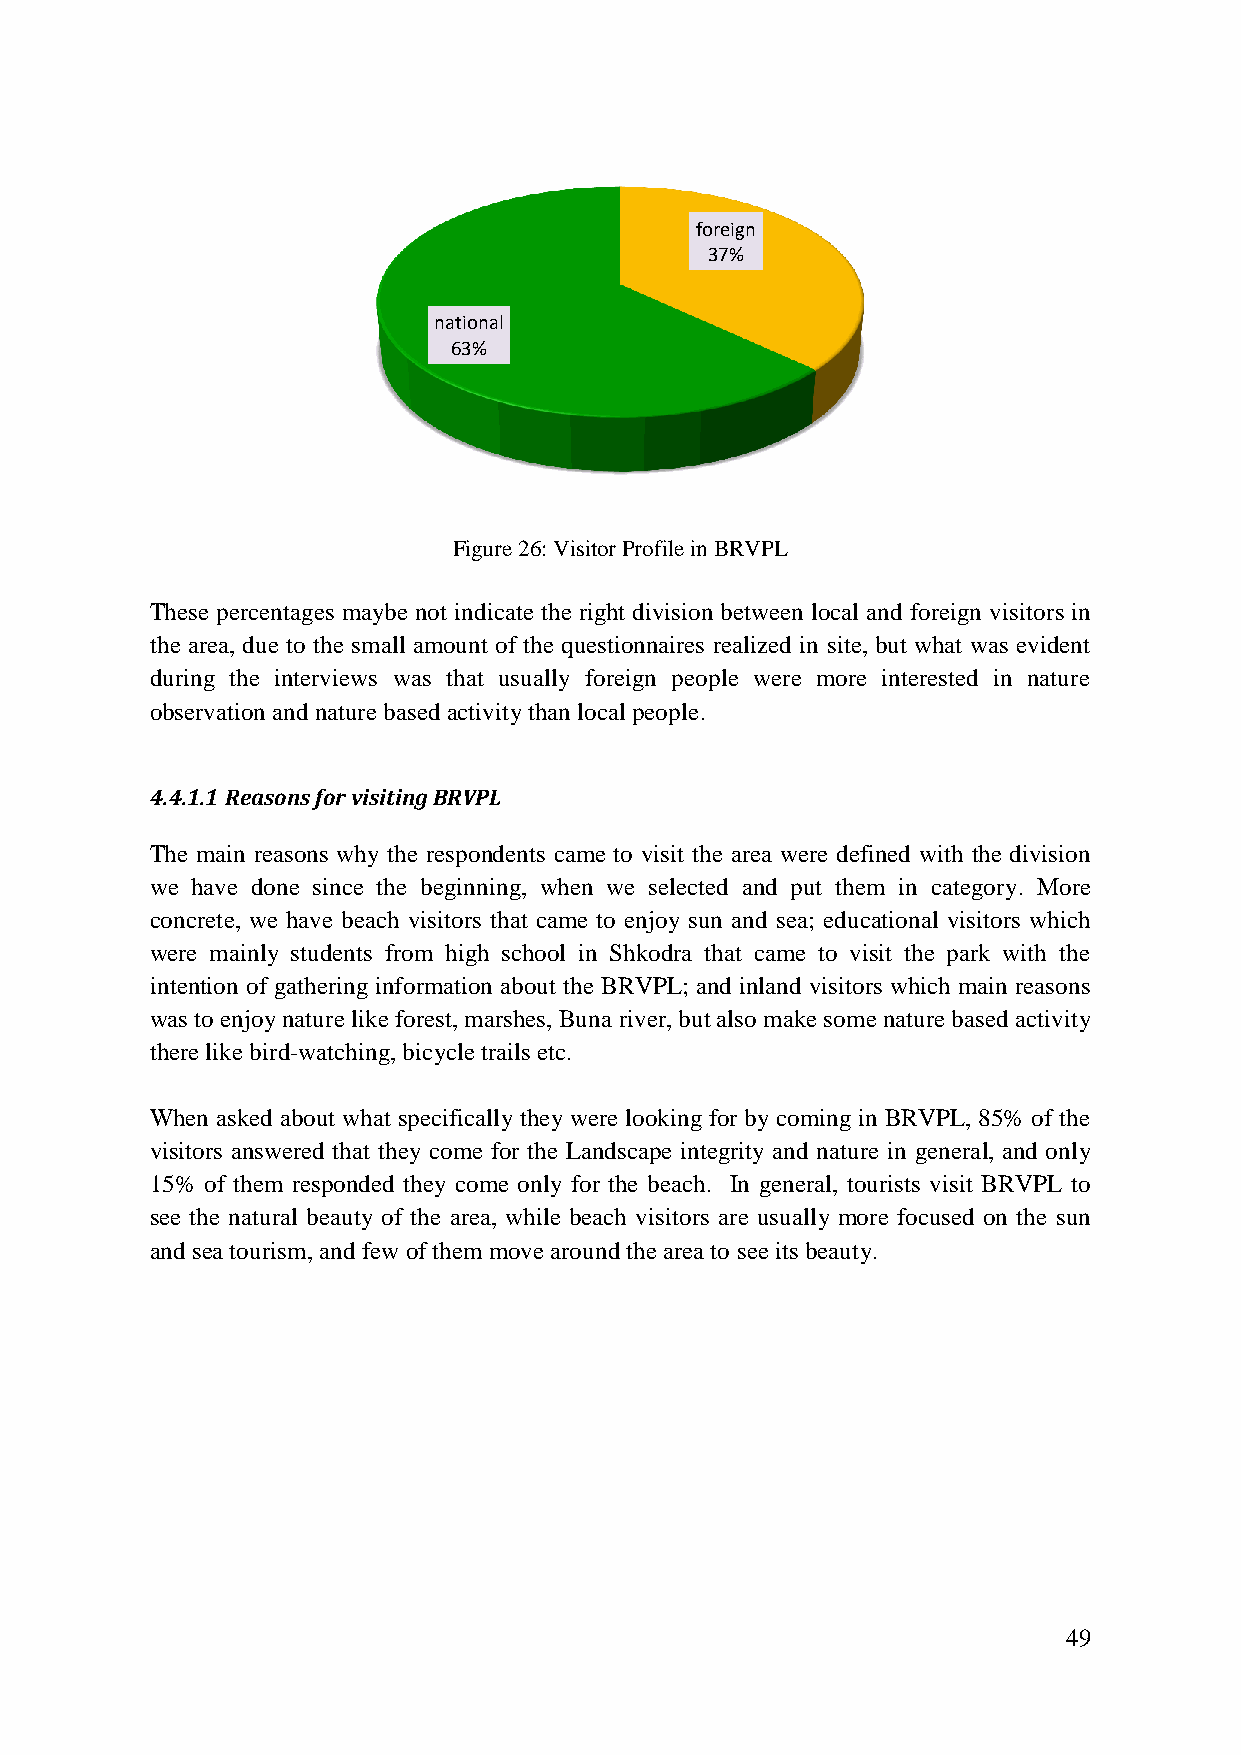
foreign
 37%
 national
 63%
 Figure 26: Visitor Profile in BRVPL
 These percentages maybe not indicate the right division between local and foreign visitors in
 the area, due to the small amount of the questionnaires realized in site, but what was evident
 during the interviews was that usually foreign people were more interested in nature
 observation and nature based activity than local people.
 4.4.1.1 Reasons for visiting BRVPL
 The main reasons why the respondents came to visit the area were defined with the division
 we have done since the beginning, when we selected and put them in category. More
 concrete, we have beach visitors that came to enjoy sun and sea; educational visitors which
 were mainly students from high school in Shkodra that came to visit the park with the
 intention of gathering information about the BRVPL; and inland visitors which main reasons
 was to enjoy nature like forest, marshes, Buna river, but also make some nature based activity
 there like bird-watching, bicycle trails etc.
 When asked about what specifically they were looking for by coming in BRVPL, 85% of the
 visitors answered that they come for the Landscape integrity and nature in general, and only
 15% of them responded they come only for the beach. In general, tourists visit BRVPL to
 see the natural beauty of the area, while beach visitors are usually more focused on the sun
 and sea tourism, and few of them move around the area to see its beauty.
 49